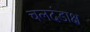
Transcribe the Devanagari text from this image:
चलदंडाक्ष